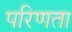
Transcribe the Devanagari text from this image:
परिणता